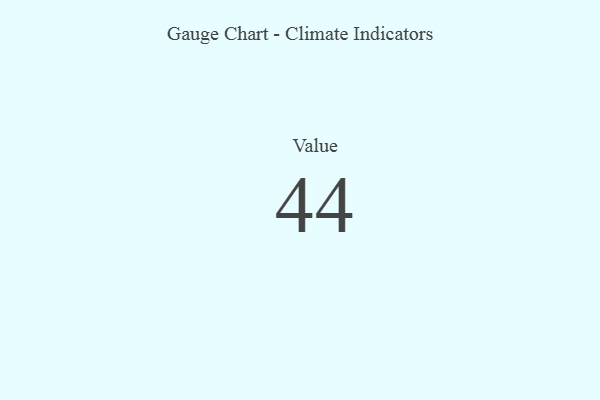
{"axis": {"x": "Metric", "y": "Value"}, "legend": [""], "data": [{"x": "Value", "y": 44, "type": ""}]}